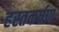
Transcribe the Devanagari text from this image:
हस्तकर्षण